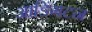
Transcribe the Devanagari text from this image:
आडिंगटन